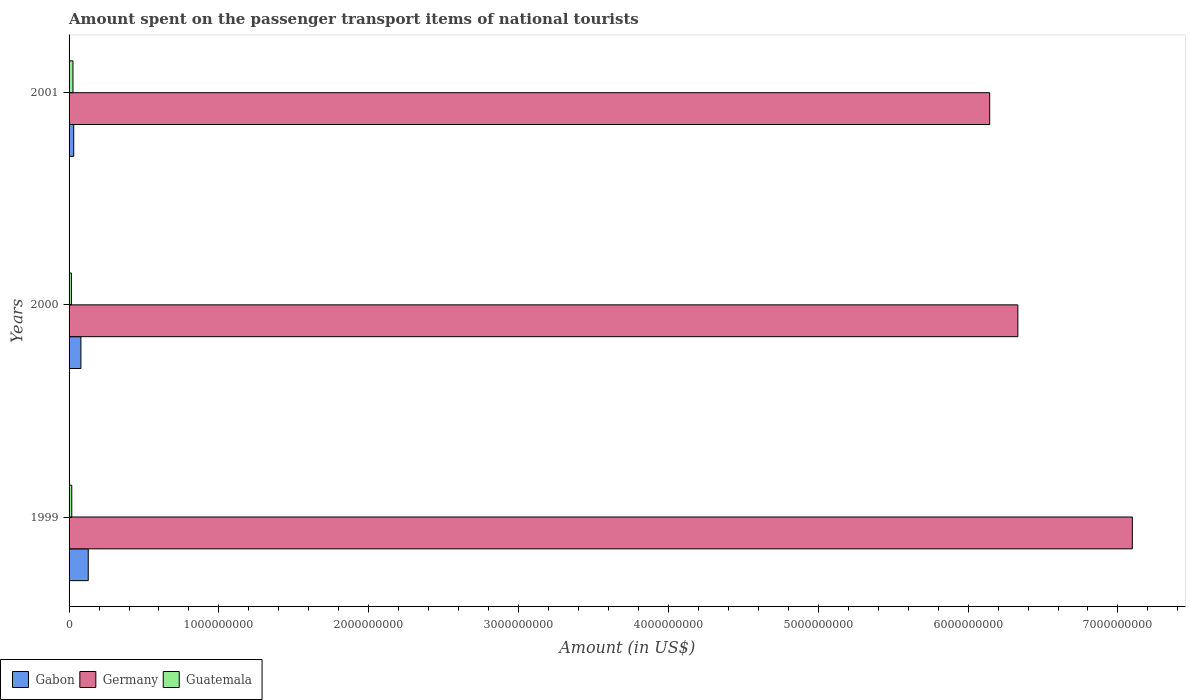
| Years | Gabon | Germany | Guatemala |
 | --- | --- | --- | --- |
 | 1999 | 1.28e+08 | 7.1e+09 | 1.8e+07 |
 | 2000 | 7.9e+07 | 6.33e+09 | 1.6e+07 |
 | 2001 | 3.1e+07 | 6.14e+09 | 2.6e+07 |